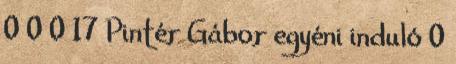
0 0 0 17 Pintér Gábor egyéni induló 0